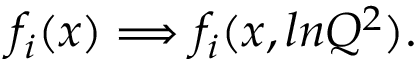
f _ { i } ( x ) \Longrightarrow f _ { i } ( x , l n Q ^ { 2 } ) .